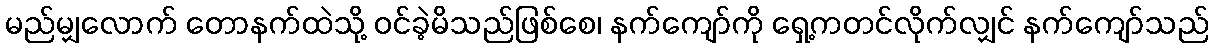
မည်မျှလောက် တောနက်ထဲသို့ ဝင်ခဲ့မိသည်ဖြစ်စေ၊ နက်ကျော်ကို ရှေ့ကတင်လိုက်လျှင် နက်ကျော်သည်